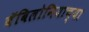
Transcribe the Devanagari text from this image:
बॅबिलोनियाच्या